Calcutta medical institutions reports 1879-81 [i.e.91]
Year: 1879
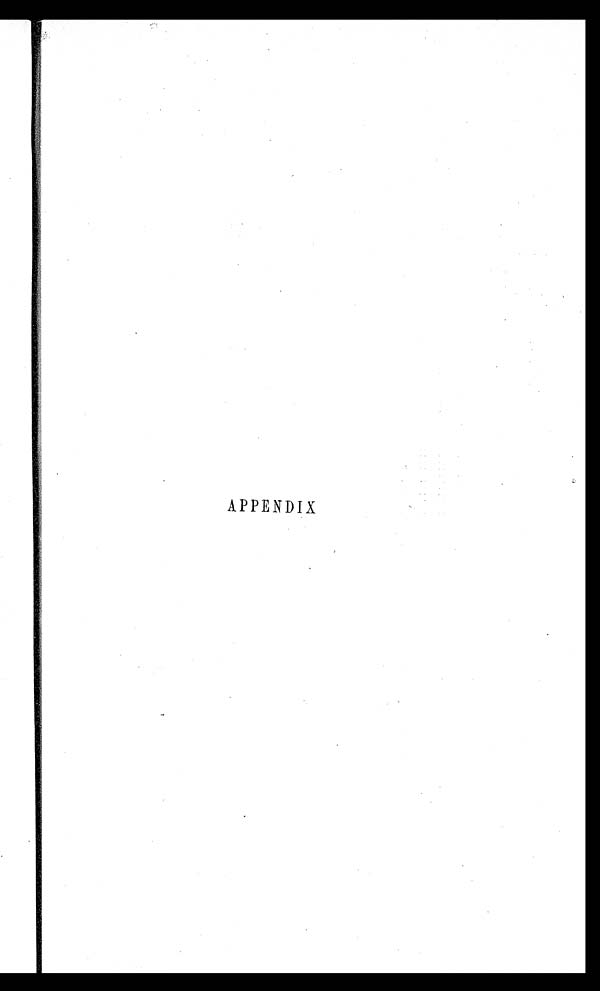
APPENDIX